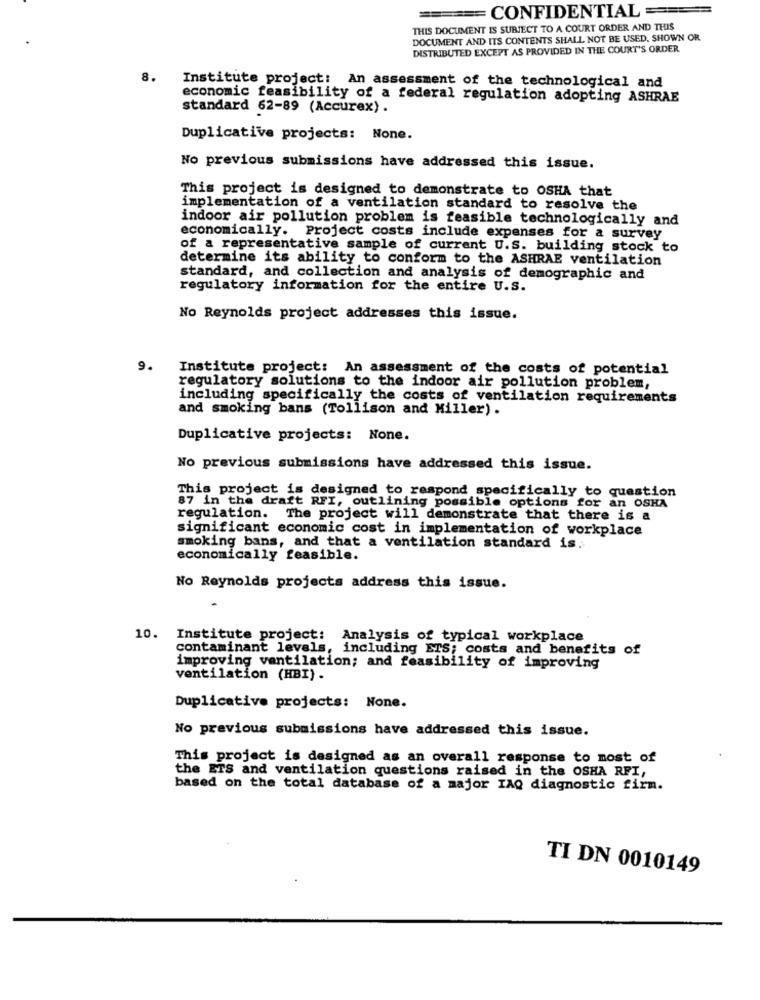
=== CONFIDENTIAL ===
THIS DOCUMENT IS SUBJECT TO A COURT ORDER AND THIS
DOCUMENT AND ITS CONTENTS SHALL NOT BE USED, SHOWN OR
DISTRIBUTED EXCEPT AS PROVIDED IN THE COURT'S ORDER.
8.
Institute project: An assessment of the technological and
economic feasibility of a federal regulation adopting ASHRAE
standard 62-89 (Accurex) .
Duplicative projects: None.
No previous submissions have addressed this issue.
This project is designed to demonstrate to OSHA that
implementation of a ventilation standard to resolve the
indoor air pollution problem is feasible technologically and
economically. Project costs include expenses for a survey
of a representative sample of current U.S. building stock to
determine its ability to conform to the ASHRAE ventilation
standard, and collection and analysis of demographic and
regulatory information for the entire U.S.
No Reynolds project addresses this issue.
9.
Institute project: An assessment of the costs of potential
regulatory solutions to the indoor air pollution problem,
including specifically the costs of ventilation requirements
and smoking bans (Tollison and Miller) .
Duplicative projects: None.
No previous submissions have addressed this issue.
This project is designed to respond specifically to question
87 in the draft RFI, outlining possible options for an OSHA
regulation. The project will demonstrate that there is a
significant economic cost in implementation of workplace
smoking bans, and that a ventilation standard is.
economically feasible.
No Reynolds projects address this issue.
10. Institute project: Analysis of typical workplace
contaminant levels, including ETS; costs and benefits of
improving ventilation; and feasibility of improving
ventilation (HBI) .
Duplicative projects: None.
No previous submissions have addressed this issue.
This project is designed as an overall response to most of
the ETS and ventilation questions raised in the OSHA RFI,
based on the total database of a major IAQ diagnostic firm.
TI DN 0010149